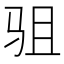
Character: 驵